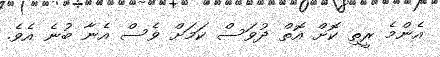
އެންމެ ރީތި ކޮށް އޮތް ދުވަސް ކަމަށް ވެސް އެނާ ބުނެ އެވެ.